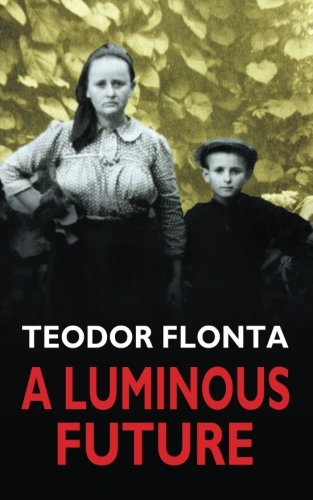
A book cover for A Luminous Future: Growing up in Transylvania in the Shadow of Communism; Teodor Flonta; History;